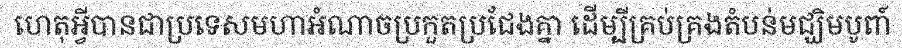
ហេតុអ្វីបានជាប្រទេសមហាអំណាចប្រកួតប្រជែងគ្នា ដើម្បីគ្រប់គ្រងតំបន់មជ្ឃិមបូពា៍